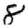
Digit: 8